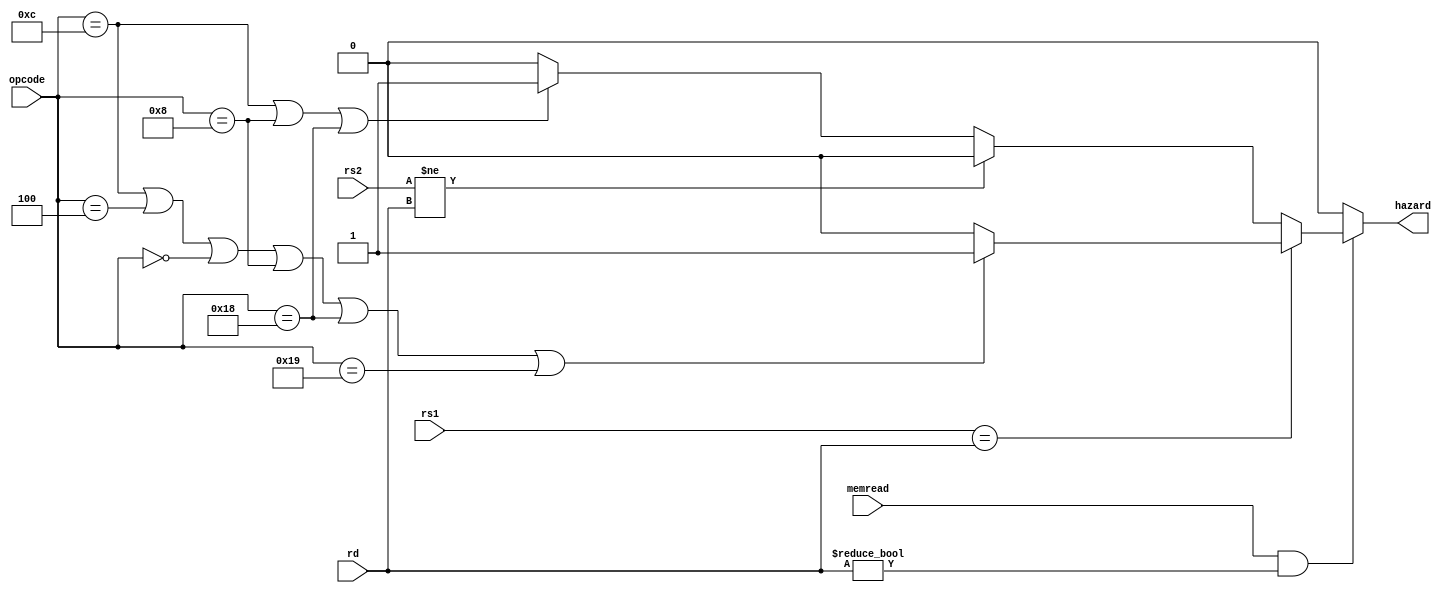
`timescale 1ns / 1ps


module Hazard_detect(// 
    input memread,
    input [4:0] rs1, rs2, opcode, rd,
    output reg  hazard
    );
    always@(*)begin
        if(memread==1'b1 && rd!=5'b0)begin
            if(rs1==rd)begin
                if(opcode==5'b01100||opcode==5'b00100||opcode==5'b00000||opcode==5'b01000||opcode==5'b11000||opcode==5'b11001)hazard=1'b1;
                else hazard=1'b0; 
            end 
            else begin
                if(rs2!=rd)hazard=1'b0;
                else begin
                    if(opcode==5'b01100||opcode==5'b01000||opcode==5'b11000)hazard=1'b1;
                    else hazard=1'b0;
                end
            end
        end 
        else hazard =1'b0;
    end
endmodule